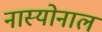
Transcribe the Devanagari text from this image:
नास्योनाल